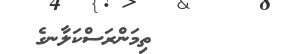
١٣        ތިމަންރަސްކަލާނގެ